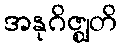
အနုဂိဇ္ဈတိ